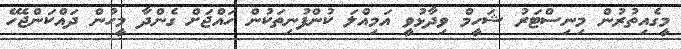
މީގެއިތުރުން މިނިސްޓަރު ޝަހީމް ވިދާޅުވީ އަމިއްލަ ކުންފުނިތަކުން ހައްޖަށް ގެންދާ މީހުން ދައްކަންޖެހޭ